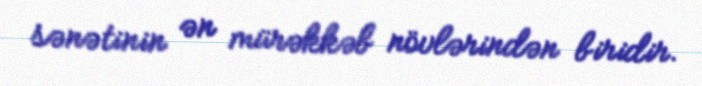
sənətinin ən mürəkkəb növlərindən biridir.